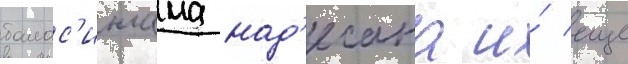
балас'ингама над'есана и́ еще